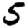
Digit: 5